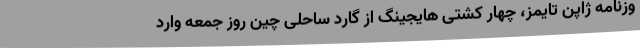
وزنامه ژاپن تایمز، چهار کشتی هایجینگ از گارد ساحلی چین روز جمعه وارد